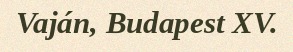
Vaján, Budapest XV.